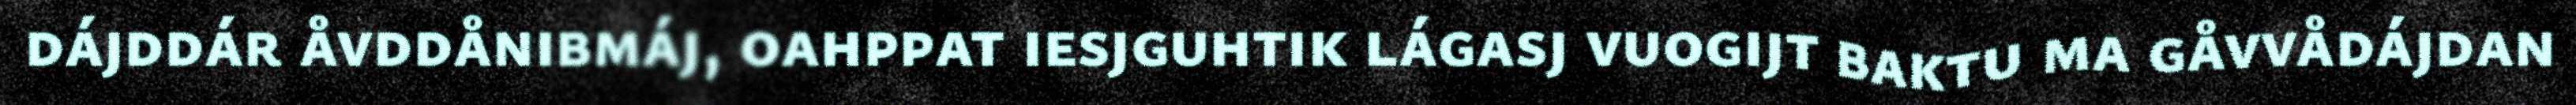
dájddár åvddånibmáj, oahppat iesjguhtik lágasj vuogijt baktu ma gåvvådájdan